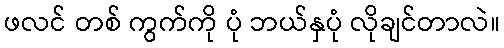
ဖလင် တစ် ကွက်ကို ပုံ ဘယ်နှပုံ လိုချင်တာလဲ။